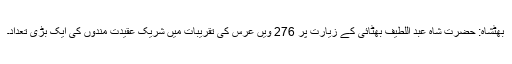
بھٹشاہ: حضرت شاہ عبد اللطیف بھٹائی کے زیارت پر 276 ویں عرس کی تقریبات میں شریک عقیدت مندوں کی ایک بڑی تعداد۔